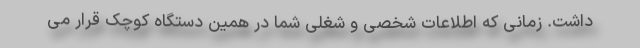
داشت. زمانی که اطلاعات شخصی و شغلی شما در همین دستگاه کوچک قرار می